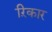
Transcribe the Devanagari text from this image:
ऱिकार